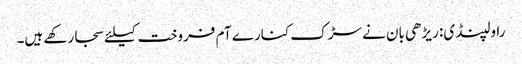
راولپنڈی: ریڑھی بان نے سڑک کنارے آم فروخت کیلئے سجارکھے ہیں۔